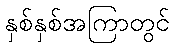
နှစ်နှစ်အကြာတွင်